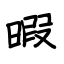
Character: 暇